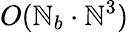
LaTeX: O(\mathbb{N}_{b}\cdot\mathbb{N}^{3})